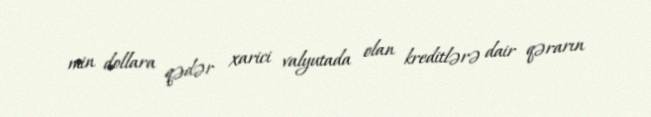
min dollara qədər xarici valyutada olan kreditlərə dair qərarın